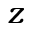
z